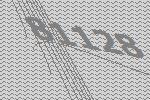
81128